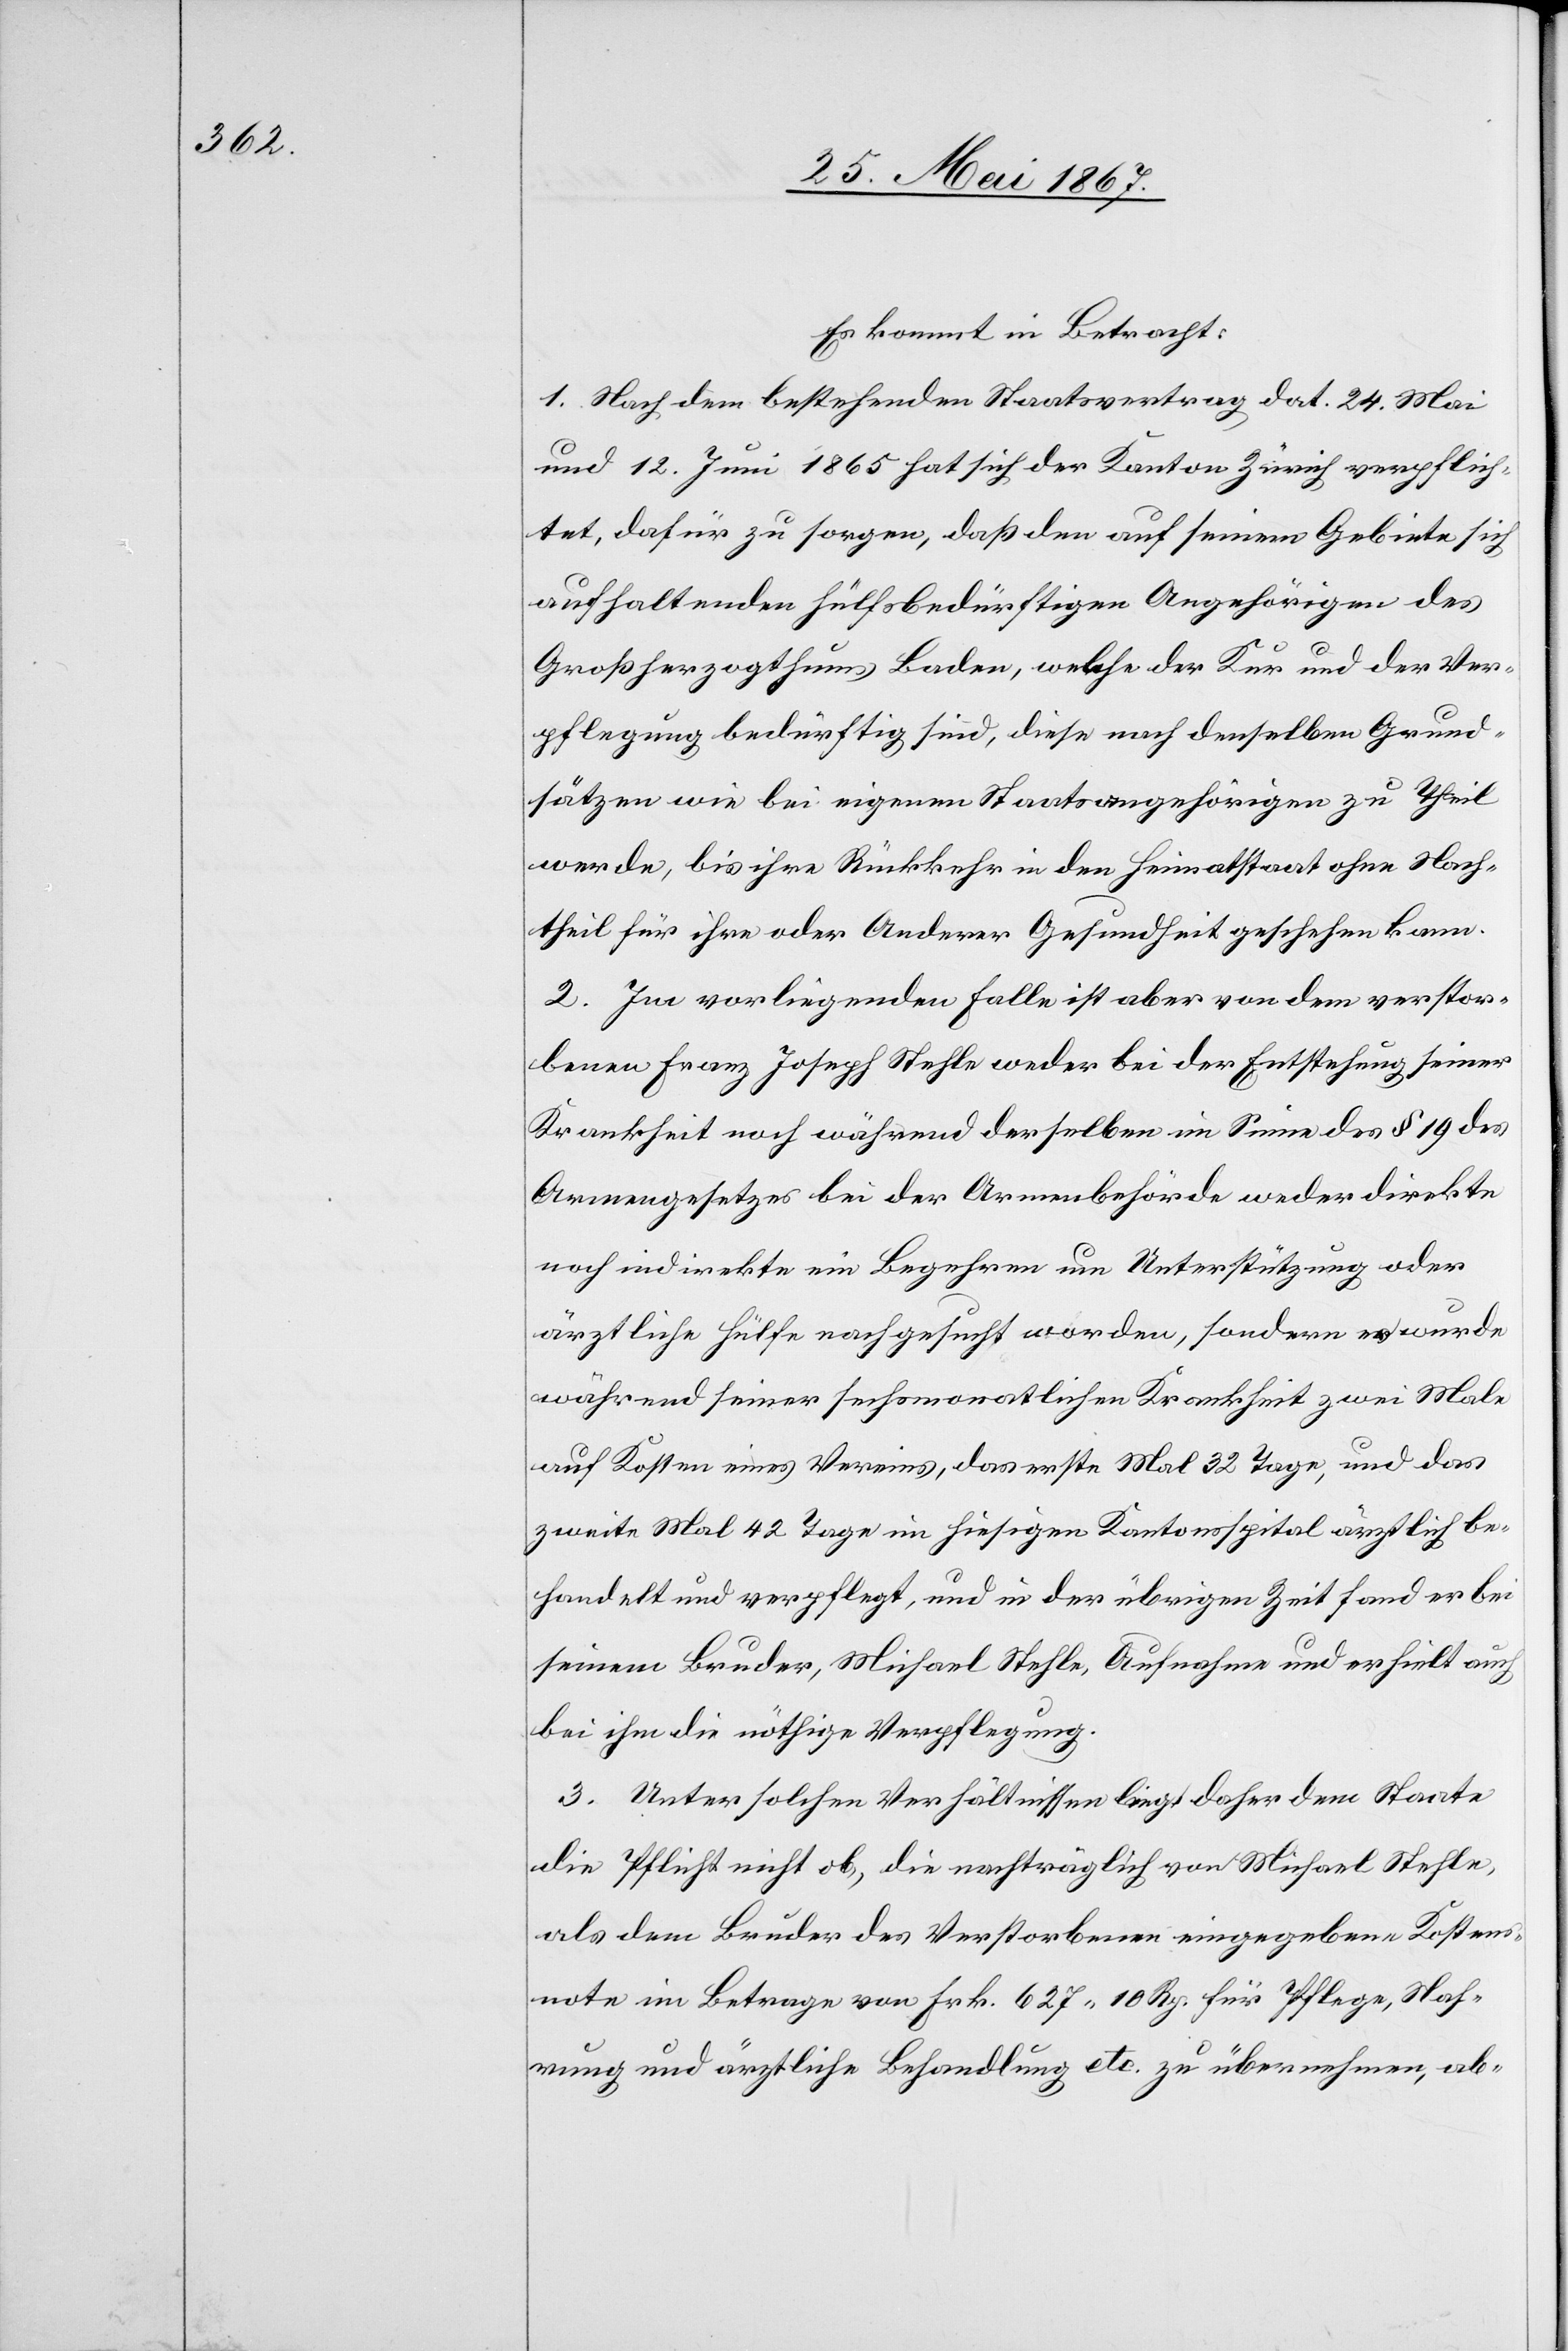
Es kommt in Betracht:
1. Nach dem bestehenden Staatsvertrag dat. 24. Mai
und 12. Juni 1865 hat sich der Kanton Zürich verpflich¬
tet, dafür zu sorgen, daß den auf seinem Gebiete sich
aufhaltenden Hülfsbedürftigen Angehörigen des
Großherzogthums Baden, welche der Kur und der Ver¬
pflegung bedürftig sind, diese nach denselben Grund¬
sätzen wie bei eigenen Staatsangehörigen zu Theil
werde, bis ihre Rückkehr in den Heimatstaat ohne Nach¬
theil für ihre oder Anderer Gesundheit geschehen kann.
2. Im vorliegenden Falle ist aber von dem verstor¬
benen Franz Joseph Stehle weder bei der Entstehung seiner
Krankheit noch während derselben im Sinne des § 19 des
Armengesetzes bei der Armenbehörde weder direkte
noch indirekte ein Begehren um Unterstützung oder
ärztliche Hülfe nachgesucht worden, sondern er wurde
während seiner sechsmonatlichen Krankheit zwei Male
auf Kosten eines Vereins, das erste Mal 32 Tage, und das
zweite Mal 42 Tage im hiesigen Kantonsspital ärztlich be¬
handelt und verpflegt, und in der übrigen Zeit fand er bei
seinem Bruder, Michael Stehle, Aufnahme und erhielt auch
bei ihm die nöthige Verpflegung.
3. Unter solchen Verhältnissen liegt daher dem Staate
die Pflicht nicht ob, die nachträglich von Michael Stehle,
als dem Bruder des Verstorbenen eingegebene Kostens¬
note im Betrage von Frk. 627, 10 Rp. für Pflege, Nah¬
rung und ärztliche Behandlung etc. zu übernehmen, ab-